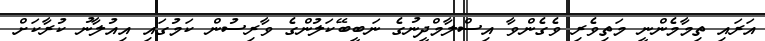
އަރައި ތިމާމެންނީ މަތިވެރި ވެގެންވާ އިސްލާމްދީނުގެ ނަބީބޭކަލުންގެ ވާރިސުން ކަމުގައި އިއުލާނު ކުރާކަށް